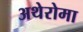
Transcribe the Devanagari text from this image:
अथेरोमा